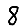
Digit: 8